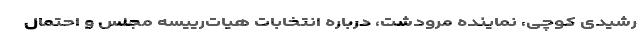
رشیدی كوچی، نماینده مرودشت، درباره انتخابات هیات‌رییسه مجلس و احتمال